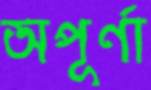
অপূর্ণা